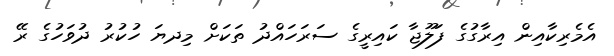
އެމެރިކާއިން އިރާގުގެ ފަލޫޖާ ކައިރީގެ ސަރަހައްދު ތަކަށް މިދޔަ ހުކުރު ދުވަހުގެ ރޭ